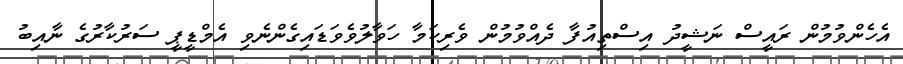
އެހެންވުމުން ރައީސް ނަޝީދު އިސްތިއުފާ ދެއްވުމުން ވެރިކަމާ ހަވާލުވެވަޑައިގެންނެވި އެމްޑީޕީ ސަރުކާރުގެ ނާއިބު